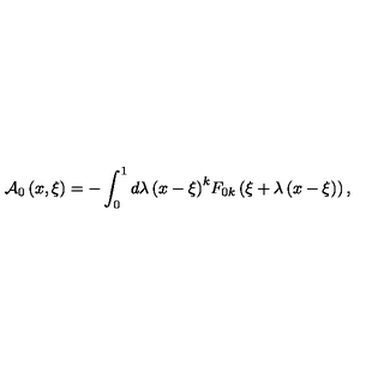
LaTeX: { \cal A } _ { 0 } \left( { x , \xi } \right) = - \int _ { 0 } ^ { 1 } { d \lambda \left( { x - \xi } \right) } ^ { k } F _ { 0 k } \left( { \xi + \lambda \left( { x - \xi } \right) } \right) ,